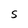
Character: S